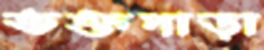
তক্তপাড়া